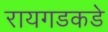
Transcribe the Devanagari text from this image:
रायगडकडे